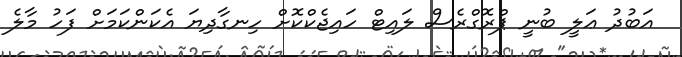
އަބުދު ޢަލީ ބުނީ ޕްރޮގްރެސް ލައިޓް ހައިޖެކްކޮށް ހިނގާދިޔަ އެކަންކަމަށް ފަހު މާލެ